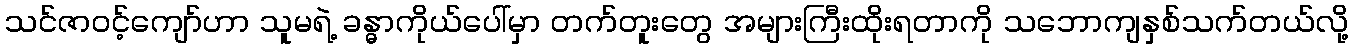
သင်ဇာဝင့်ကျော်ဟာ သူမရဲ့ ခန္ဓာကိုယ်ပေါ်မှာ တက်တူးတွေ အများကြီးထိုးရတာကို သဘောကျနှစ်သက်တယ်လို့